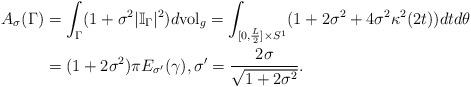
LaTeX: \begin{align*}A_{\sigma}(\Gamma)&=\int_{\Gamma}(1+\sigma^2|\mathbb{I}_\Gamma|^2)d\mathrm{vol}_g=\int_{[0,\frac{L}{2}]\times S^1}(1+2\sigma^2+4\sigma^2\kappa^2(2t))dtd\theta\\&=(1+2\sigma^2)\pi E_{\sigma'}(\gamma),\sigma'=\frac{2\sigma}{\sqrt{1+2\sigma^2}}.\end{align*}